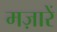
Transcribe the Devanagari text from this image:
मज़ारें